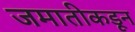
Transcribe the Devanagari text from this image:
जमातीकडून